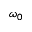
\omega _ { 0 }